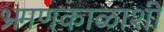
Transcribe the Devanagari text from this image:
भ्रमणकाळाशी